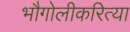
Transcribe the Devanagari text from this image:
भौगोलीकरित्या